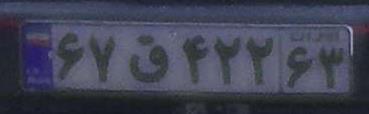
۶۷ق۴۲۲۶۳